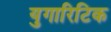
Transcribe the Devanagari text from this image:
युगारिटिक